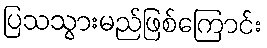
ပြသသွားမည်ဖြစ်ကြောင်း